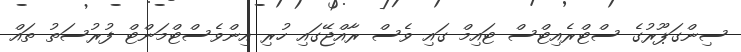
ސިންގަޕޫރުގެ ސްޓްރެއިޓްސް ޓައިމް ގައި ވެސް ރާއްޖޭގައި ހުރި އިންވެސްޓްމަންޓް ފުރުސަތު ތައް